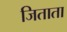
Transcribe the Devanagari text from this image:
जिताता